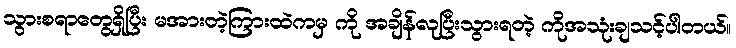
သွားစရာတွေရှိပြီး မအားတဲ့ကြားထဲကမှ ကို အချိန်လုပြီးသွားရတဲ့ ကိုအသုံးချသင့်ပါတယ်။